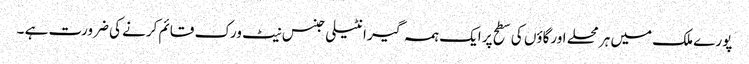
پورے ملک میں ہر محلے اورگاؤں کی سطح پر ایک ہمہ گیر انٹیلی جنس نیٹ ورک قائم کرنے کی ضرورت ہے ۔